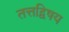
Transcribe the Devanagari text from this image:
तत्तद्विषय